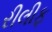
રીલીફ